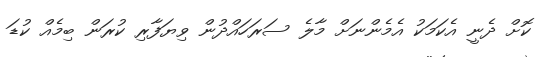
ކޮށް ދެނީ އެކަމަކު އެމެންނަށް މާލެ ސަރަަހައްދުން ވިޔަފާރި ކުރަން ބިމެއް ކުޑަ